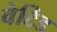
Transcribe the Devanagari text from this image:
वेटिड